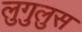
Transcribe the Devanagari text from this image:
लुगुलुस